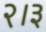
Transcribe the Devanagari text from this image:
२।३